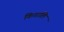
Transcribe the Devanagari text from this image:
किगालि